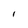
Character: l